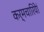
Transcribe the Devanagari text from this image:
कर्मचारियेां